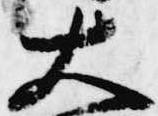
大